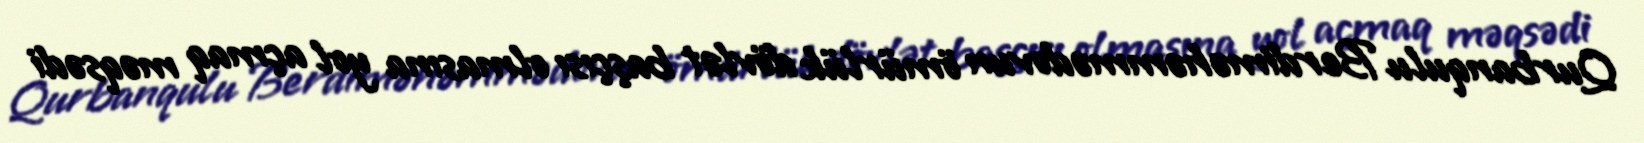
Qurbanqulu Berdiməhəmmədovun ömürlük dövlət başçısı olmasına yol açmaq məqsədi